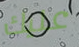
عليك